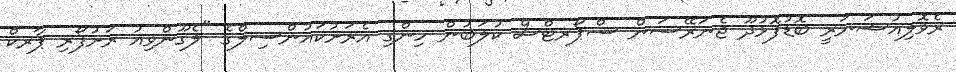
ރެވޮލިއުޝަނަރީ ބޮޑުފޮޅުދޫ ޖެނަރޭސަން ސްޕޯރޓްސް ކުލަބުން ހިންގި އެރަށުކައުންސިލްގެ "ލެގޫންވިއު ރަށުފޯރި ޕާރކް